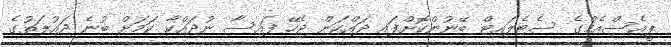
ޕީއެސްއެމްގެ ސެޓެލައިޓް ބޭނުންކޮށްފައި ދައްކަން ޖެހޭ ފައިސާ ނުދައްކާ ކަމަށް ބުނެ ދައުލަތުގެ